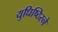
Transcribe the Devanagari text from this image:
युधिष्ठिरने